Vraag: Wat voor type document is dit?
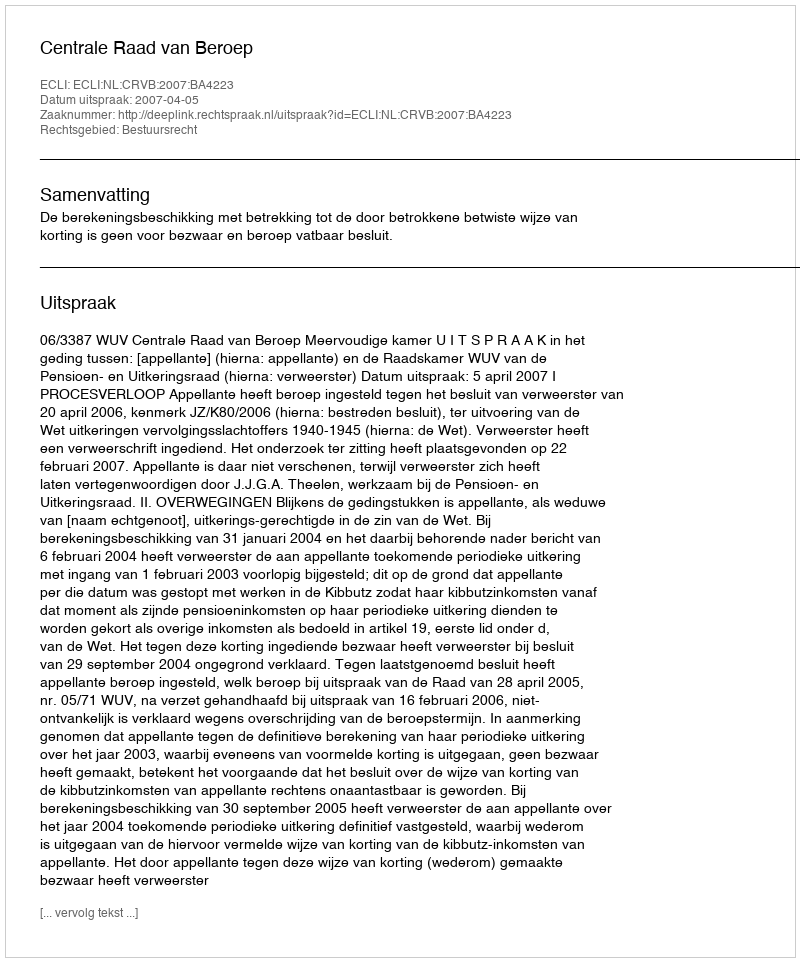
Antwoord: Uitspraak